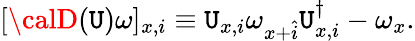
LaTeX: [{\calD}(\mathtt{U})\omega]_{x,i}\equiv\mathtt{U}_{x,i}\omega_{x+\hat{{i}}}\mathtt{U}_{x,i}^{\dagger}-\omega_{x}.